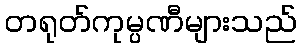
တရုတ်ကုမ္ပဏီများသည်